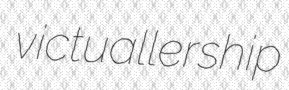
victuallership